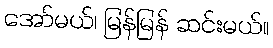
အော်မယ်၊ မြန်မြန် ဆင်းမယ်။